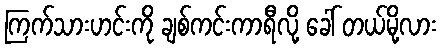
ကြက်သားဟင်းကို ချစ်ကင်းကာရီလို့ ခေါ် တယ်မို့လား